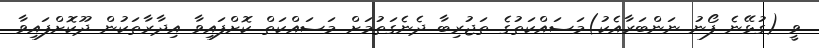
ވީ (ގުޅޭނެ ފޯނު ނަންބަރާއެކު)މަސައްކަތުގެ ތަޖުރިބާ ދެނެގަތުމަށް މަސައްކަތް ކޮށްފައިވާ އިދާރާތަކުން ދޫކޮށްފައިވާ